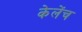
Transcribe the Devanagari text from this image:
केलेंच